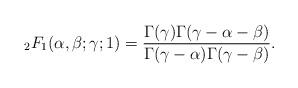
LaTeX: \begin{align*} {_2F_1}(\alpha,\beta;\gamma;1) = \frac{\Gamma(\gamma)\Gamma(\gamma-\alpha-\beta)}{\Gamma(\gamma-\alpha)\Gamma(\gamma-\beta)}.\end{align*}